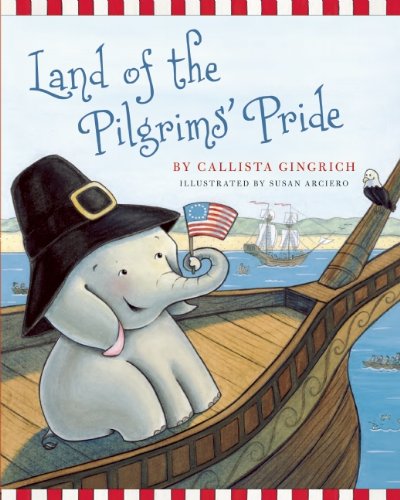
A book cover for Land of the Pilgrims Pride (Ellis the Elephant); Callista Gingrich; Children's Books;